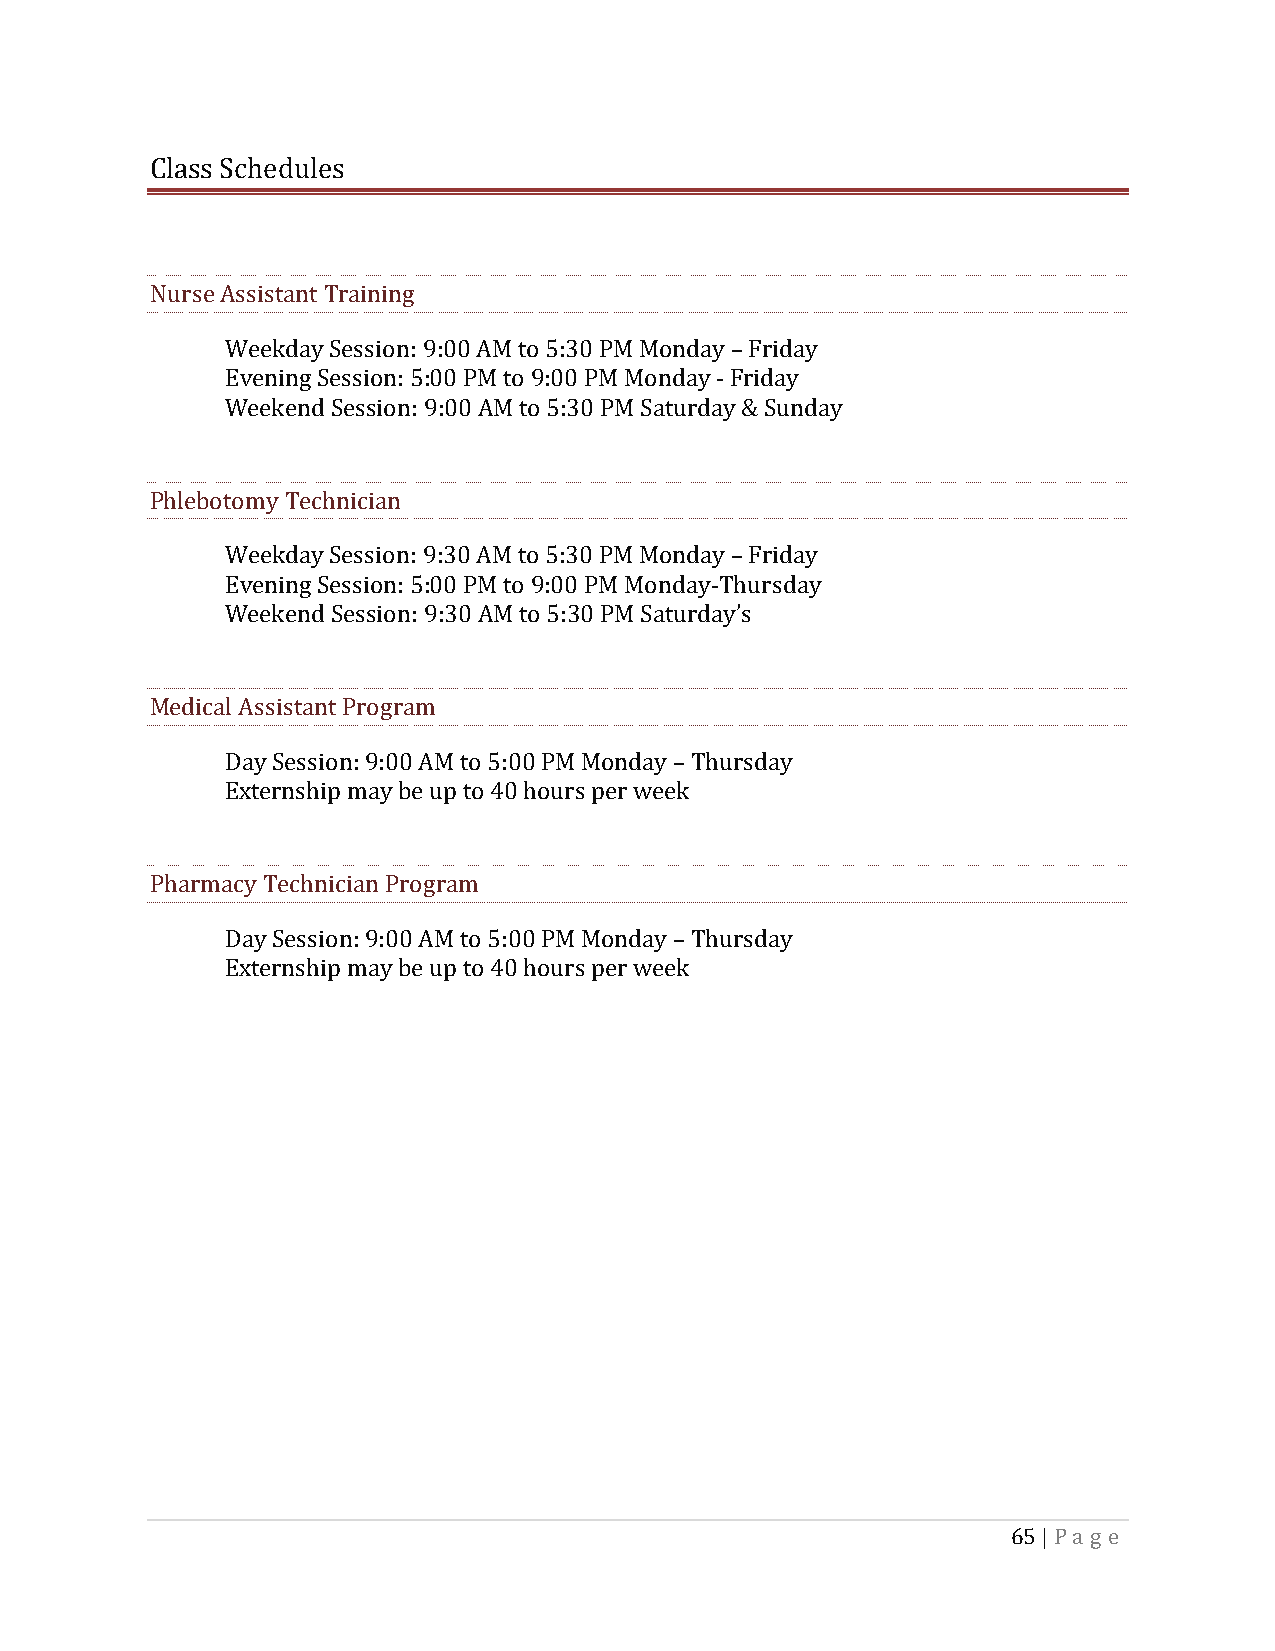
Class Schedules
 Nurse Assistant Training
 Weekday Session: 9:00 AM to 5:30 PM Monday – Friday
 Evening Session: 5:00 PM to 9:00 PM Monday - Friday
 Weekend Session: 9:00 AM to 5:30 PM Saturday & Sunday
 Phlebotomy Technician
 Weekday Session: 9:30 AM to 5:30 PM Monday – Friday
 Evening Session: 5:00 PM to 9:00 PM Monday-Thursday
 Weekend Session: 9:30 AM to 5:30 PM Saturday’s
 Medical Assistant Program
 Day Session: 9:00 AM to 5:00 PM Monday – Thursday
 Externship may be up to 40 hours per week
 Pharmacy Technician Program
 Day Session: 9:00 AM to 5:00 PM Monday – Thursday
 Externship may be up to 40 hours per week
 65 | Pa g e